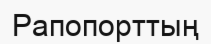
Рапопорттың